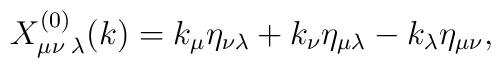
X^{(0)}_{\mu\nu\;\lambda}(k)=k_{\mu}\eta_{\nu\lambda}+k_{\nu}\eta_{\mu\lambda}-k_{\lambda}\eta_{\mu\nu},